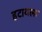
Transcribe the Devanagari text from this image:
हटायला